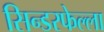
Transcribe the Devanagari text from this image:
सिन्डरफेल्ला